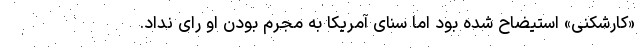
«کارشکنی» استیضاح شده بود اما سنای آمریکا به مجرم بودن او رای نداد.